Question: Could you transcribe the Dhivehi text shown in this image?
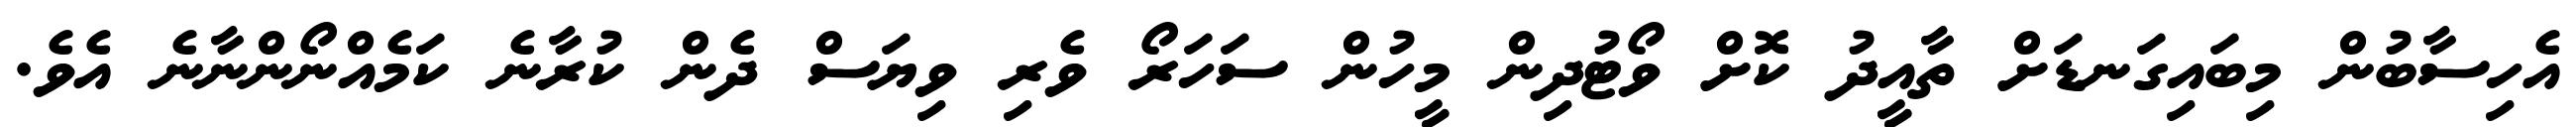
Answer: އެހިސާބުން މިބައިގަނޑަށް ތާއީދު ކޮށް ވޯޓުދިން މީހުން ސަހަރޯ ވެރި ވިޔަސް ދެން ކުރާނެ ކަމެއްނޯންނާނެ އެވެ.